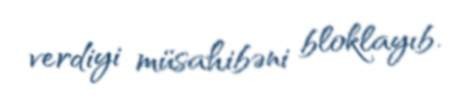
verdiyi müsahibəni bloklayıb.